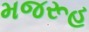
મજરૂહ